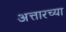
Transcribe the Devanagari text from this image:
अत्तारच्या